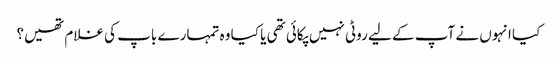
کیا انہوں نے آپ کے لیے روٹی نہیں پکائی تھی یا کیا وہ تمہارے باپ کی غلام تھیں؟